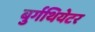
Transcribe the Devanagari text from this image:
बुर्गथियेटर